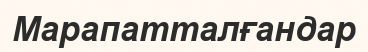
Марапатталғандар